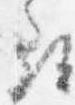
尋